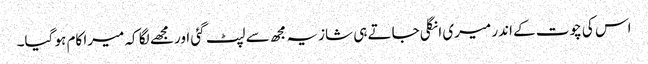
اس کی چوت کے اندر میری انگلی جاتے ہی شازیہ مجھ سے لپٹ گئی اور مجھے لگا کہ میرا کام ہو گیا۔